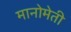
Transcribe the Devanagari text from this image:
मानोमेती